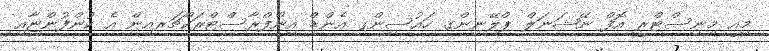
މިއީ މިނިސްޓްރީ އޮފް ނޭޝަނަލް ޕްލޭނިންގ ހައުސިންގ އެންޑް އިންފްރާސްޓްރަކްޗަރއިން އެ ކުންފުންޏާއި